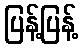
ပြန့်ပြန့်